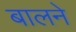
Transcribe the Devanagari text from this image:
बालने